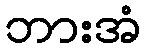
ဘားအံ